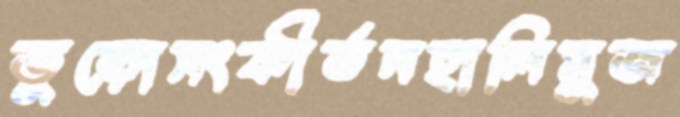
ভুড়োসংকীর্তনহালিমুজ